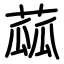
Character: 蓏